Indian journal of veterinary science and animal husbandry - Volume 9,
Year: 1939
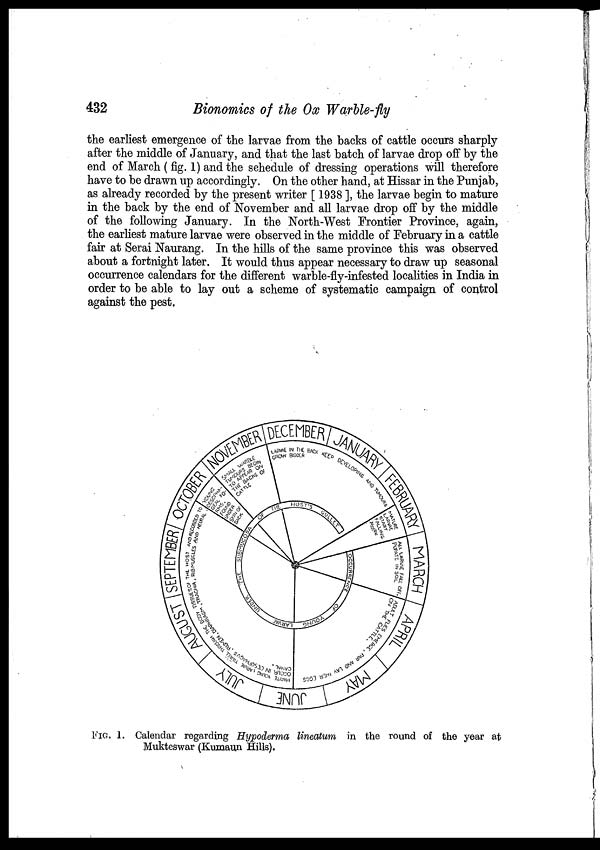
432
Bionomics of the Ox Warble-fly
the earliest emergence of the larvae from the backs of cattle occurs sharply-
after the middle of January, and that the last batch of larvae drop off by the
end of March ( fig. 1) and the schedule of dressing operations will therefore
have to be drawn up accordingly. On the other hand, at Hissar in the Punjab,
as already recorded by the present writer [ 1938 ], the larvae begin to mature
in the back by the end of November and all larvae drop off by the middle
of the following January. In the North-West Frontier Province, again,
the earliest mature larvae were observed in the middle of February in a cattle
fair at Serai Naurang. In the hills of the same province this was observed
about a fortnight later. It would thus appear necessary to draw up seasonal
occurrence calendars for the different warble-fly-infested localities in India in
order to be able to lay out a scheme of systematic campaign of control
against the pest.
FIG. 1. Calendar regarding Hypoderma lineatum in the round of the year at
Mukteswar (Kumaun Hills).